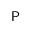
\textsf { P }